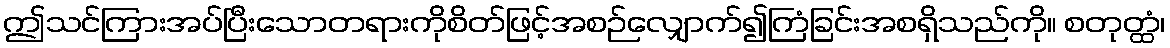
ဤသင်ကြားအပ်ပြီးသောတရားကိုစိတ်ဖြင့်အစဉ်လျှောက်၍ကြံခြင်းအစရှိသည်ကို။ စတုတ္ထံ၊